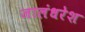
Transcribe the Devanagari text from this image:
जालंधरेश